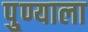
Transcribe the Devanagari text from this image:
पु्ण्याला